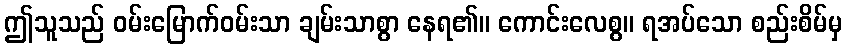
ဤသူသည် ဝမ်းမြောက်ဝမ်းသာ ချမ်းသာစွာ နေရ၏။ ကောင်းလေစွ။ ရအပ်သော စည်းစိမ်မှ